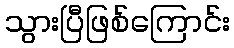
သွားပြီဖြစ်ကြောင်း